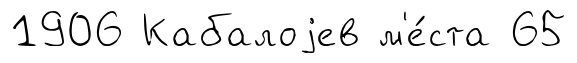
1906 Кабалоjев м'е́ста 65